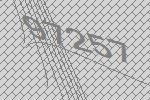
97257